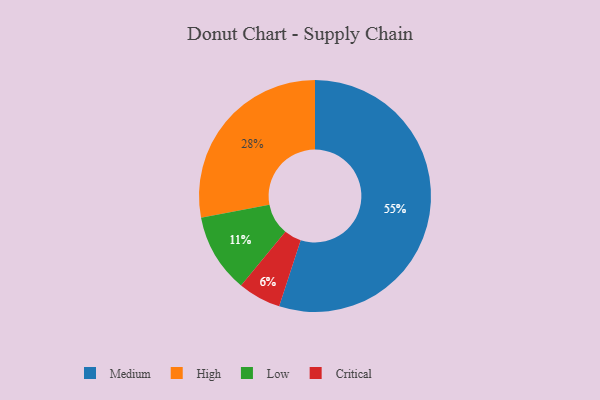
{"axis": {"x": "Category", "y": "Percentage"}, "legend": ["Critical", "High", "Low", "Medium"], "data": [{"x": "Critical", "y": 6, "type": "Critical"}, {"x": "High", "y": 28, "type": "High"}, {"x": "Low", "y": 11, "type": "Low"}, {"x": "Medium", "y": 55, "type": "Medium"}]}